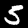
Label: 5